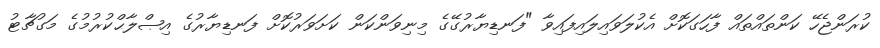
ކުރަންޖެހޭ ކަންތައްތައް ފާހަގަކޮށް އެކުލަވައިލައިފައިވާ "ފަނޑިޔާރުގޭގެ މިނިވަންކަން ކަށަވަރުކޮށް ފަނޑިޔާރުގެ އިޞްލާޙްކުރުމުގެ މަގުޗާޓު